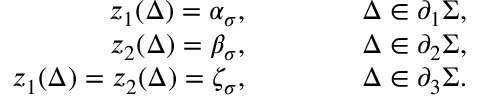
\begin{array} { r } { z _ { 1 } ( \Delta ) = \alpha _ { \sigma } , \qquad \qquad \Delta \in \partial _ { 1 } \Sigma , } \\ { z _ { 2 } ( \Delta ) = \beta _ { \sigma } , \qquad \qquad \Delta \in \partial _ { 2 } \Sigma , } \\ { z _ { 1 } ( \Delta ) = z _ { 2 } ( \Delta ) = \zeta _ { \sigma } , \qquad \qquad \Delta \in \partial _ { 3 } \Sigma . } \end{array}